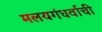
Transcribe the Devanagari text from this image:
मलयगंधर्वाची